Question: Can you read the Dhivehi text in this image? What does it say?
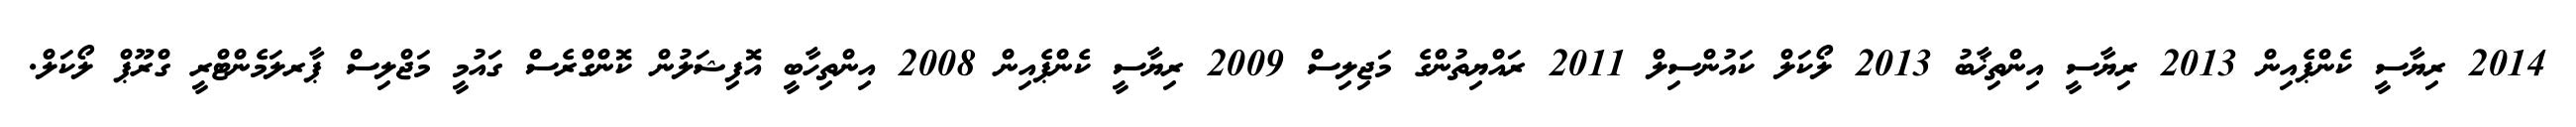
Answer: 2014 ރިޔާސީ ކެންޕެއިން 2013 ރިޔާސީ އިންތިޚާބު 2013 ލޯކަލް ކައުންސިލް 2011 ރައްޔިތުންގެ މަޖިލިސް 2009 ރިޔާސީ ކެންޕެއިން 2008 އިންތިހާބީ އޮފިޝަލުން ކޮންގްރެސް ގައުމީ މަޖްލިސް ޕާރލަމެންޓްރީ ގްރޫޕް ލޯކަލް.